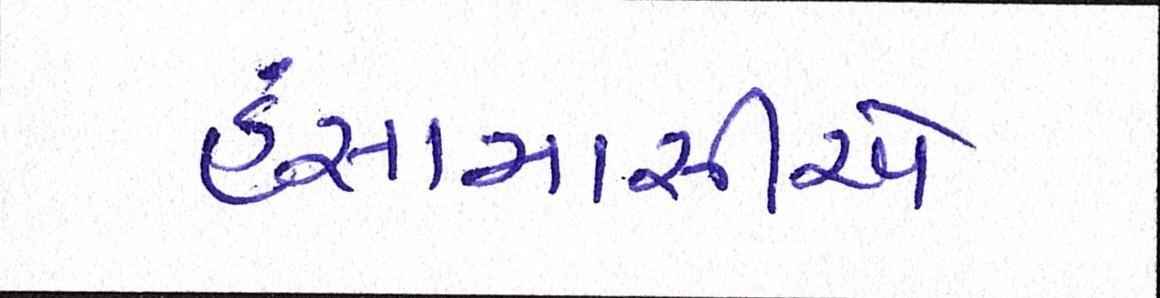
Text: હંસામાસીએ